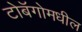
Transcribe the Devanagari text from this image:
टोबॅगोमधील